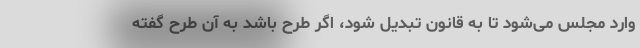
وارد مجلس می‌شود تا به قانون تبدیل شود، اگر طرح باشد به آن طرح گفته